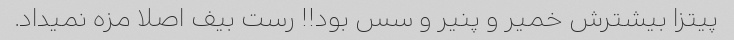
پیتزا بیشترش خمیر و پنیر و سس بود!! رست بیف اصلا مزه نمیداد.